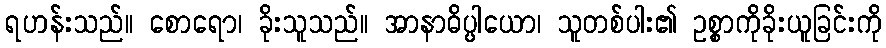
ရဟန်းသည်။ စောရော၊ ခိုးသူသည်။ အာနာဓိပ္ပါယော၊ သူတစ်ပါး၏ ဥစ္စာကိုခိုးယူခြင်းကို